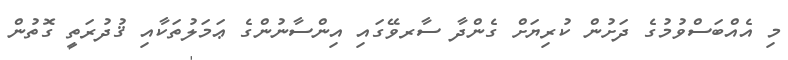
މި އެއްބަސްވުމުގެ ދަށުން ކުރިޔަށް ގެންދާ ސާރވޭގައި އިންސާނުންގެ ޢަމަލުތަކާއި ޤުދުރަތީ ގޮތުން